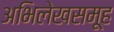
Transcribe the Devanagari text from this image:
अभिलेखसमूह